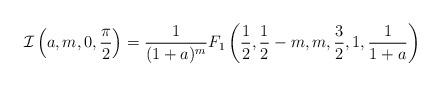
LaTeX: \begin{align*} \mathcal{I}\left(a, m, 0, \frac{\pi}{2}\right) = \frac{1}{(1+a)^{m}} F_{1}\left( \frac{1}{2}, \frac{1}{2} - m, m, \frac{3}{2}, 1, \frac{1}{1+a} \right)\end{align*}